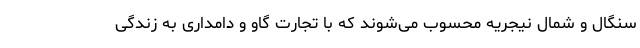
سنگال و شمال نیجریه محسوب می‌شوند که با تجارت گاو و دامداری به زندگی